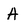
Character: A